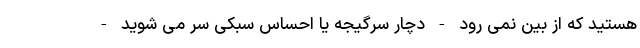
هستید که از بین نمی رود - دچار سرگیجه یا احساس سبکی سر می شوید -